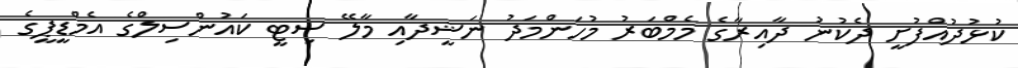
ކުޅުދުއްފުށީ ދެކުނު ދާއިރާގެ މެމްބަރު މުހަންމަދު ނަޝީދާއި މާލޭ ސިޓީ ކައުންސިލްގެ އެމްޑީޕީގެ